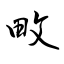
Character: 畋